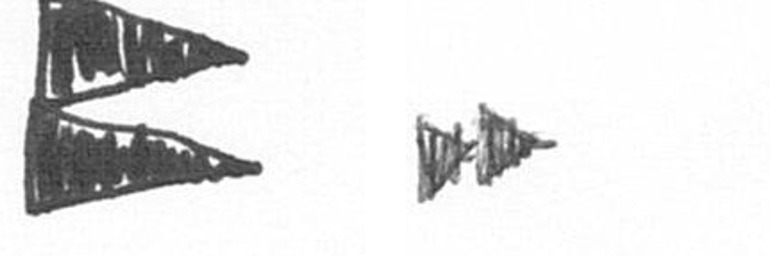
P A